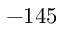
- 1 4 5